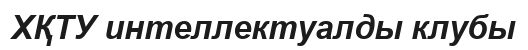
ХҚТУ интеллектуалды клубы